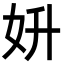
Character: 𡛈